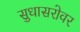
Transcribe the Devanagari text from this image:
सुधासरोवर